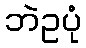
ဘဲဥပုံ